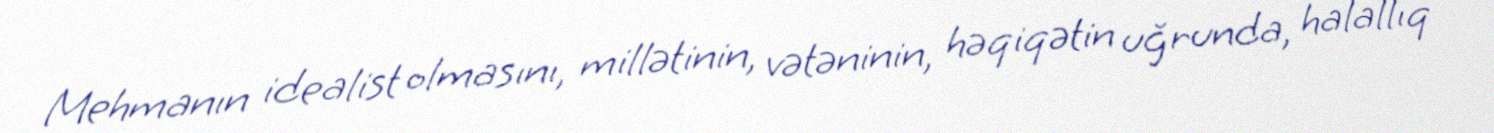
Mehmanın idealist olmasını, millətinin, vətəninin, həqiqətin uğrunda, halallıq